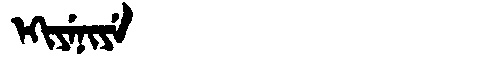
Manchu: ᡝᡴᡳᠶᡝᠨᡳᠶᡝ
Romanization: EKIYENIYE